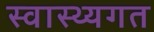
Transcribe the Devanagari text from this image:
स्वास्थ्यगत